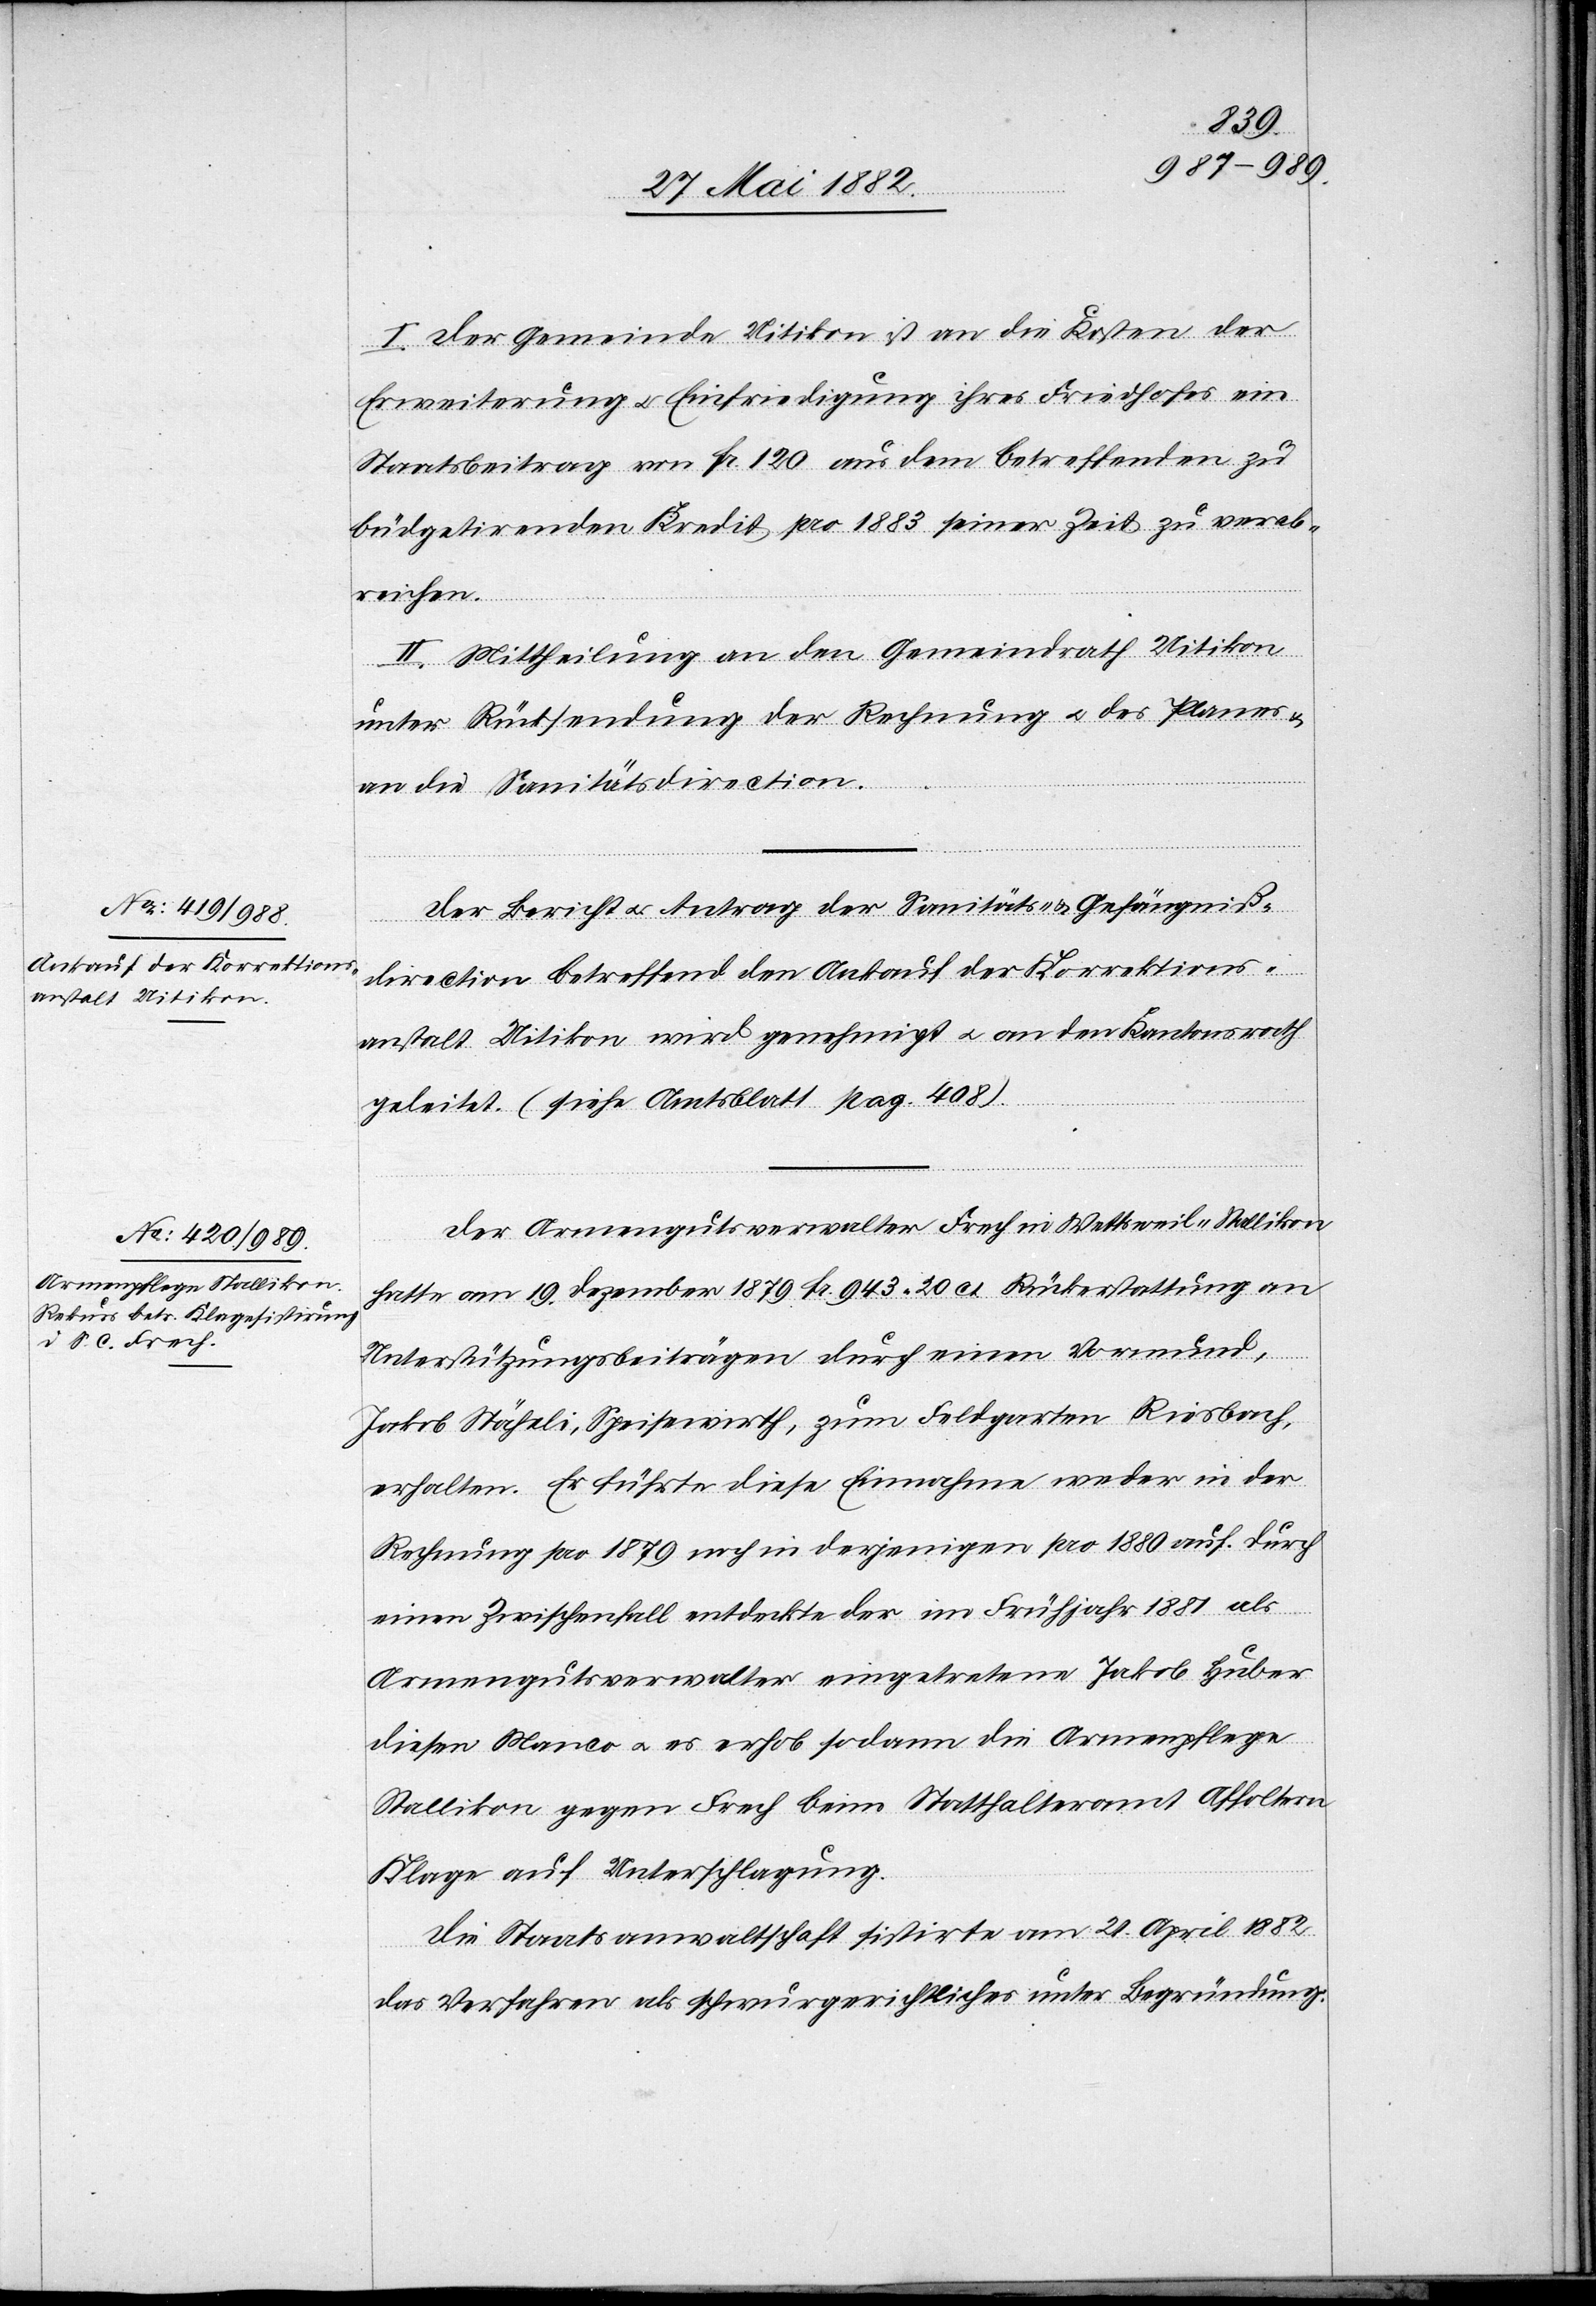
I. Der Gemeinde Uitikon ist an die Kosten der
Erweiterung u. Einfriedigung ihres Friedhofes ein
Staatsbeitrag von Fr. 120 aus dem betreffenden zu
büdgetirenden Kredit pro 1883 seiner Zeit zu verab¬
reichen.
II. Mittheilung an den Gemeindrath Uitikon
unter Rücksendung der Rechnung u. des Planes u.
an die Sanitätsdirection.
Der Bericht u. Antrag der Sanitäts- & Gefängniß¬
direction betreffend den Ankauf der Korrektions¬
anstalt Uitikon wird genehmigt u. an den Kantonsrath
geleitet. (siehe Amtsblatt pag. 408).
Der Armengutsverwalter Frech in Wettsweil - Stallikon
hatte am 19. Dezember 1879 Fr. 943 20 Ct. Rückerstattung an
Unterstützungsbeiträgen durch einen Vormund,
Jakob Stähli, Speisewirth, zum Feldgarten [-] Riesbach,
erhalten. Er führte diese Einnahme weder in der
Rechnung pro 1879 noch in derjenigen pro 1880 auf. Durch
einen Zwischenfall entdecke der im Frühjahr 1881 als
Armendgutsverwalter eingetretene Jakob Huber
diesen Manco u. es erhob sodann die Armenpflege
Stallikon gegen Frech beim Statthalteramt Affoltern
Klage auf Unterschlagung.
Die Staatsanwaltschaft sistirte am 21. April 1882
das Verfahren als schwurgerichtliches unter Begründung.